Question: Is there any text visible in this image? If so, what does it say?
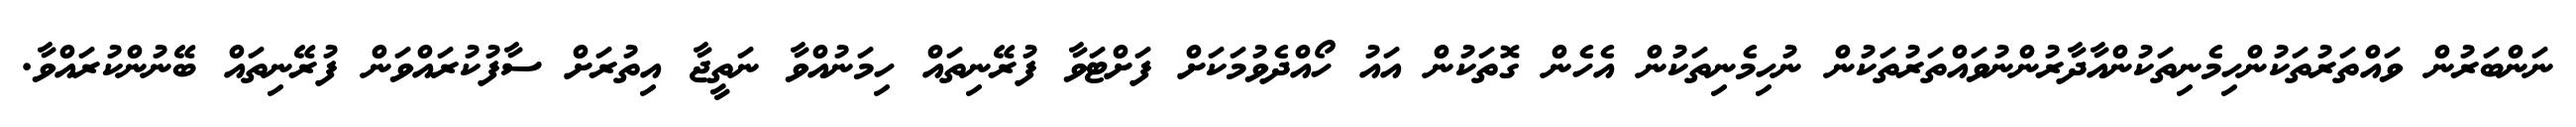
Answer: ނަންބަރުން ވައްތަރުތަކުންހިމެނިތަކުންއާދާރުންނުވައްތަރުތަކުން ނުހިމެނިތަކުން އެހެން ގޮތަކުން އައު ހޯއްދެވުމަކަށް ފަށްޓަވާ ފުރޭނިތައް ހިމަނުއްވާ ނަތީޖާ އިތުރަށް ސާފުކުރައްވަން ފުރޭނިތައް ބޭނުންކުރައްވާ.